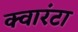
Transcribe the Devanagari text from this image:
क्वारंटा